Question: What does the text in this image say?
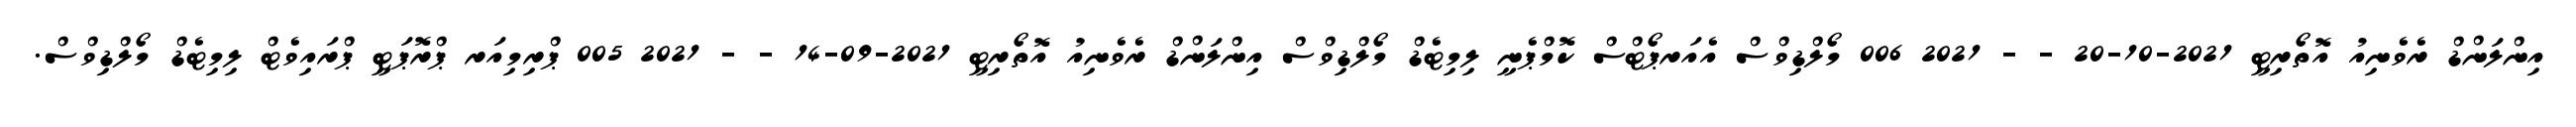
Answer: އިންލަންޑް ރެވެނިއު އޮތޯރިޓީ 2021-10-20 - - 2021 006 މޯލްޑިވްސް އެއަރޕޯޓްސް ކޮމްޕެނީ ލިމިޓެޑް މޯލްޑިވްސް އިންލަންޑް ރެވެނިއު އޮތޯރިޓީ 2021-09-14 - - 2021 005 ޕްރިމިއަރ ޕްރޮޕަޓީ ޕްރައިވެޓް ލިމިޓެޑް މޯލްޑިވްސް.